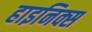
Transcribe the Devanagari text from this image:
हाइनिक्स